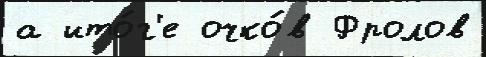
а ито́г'е очко́в Фролов